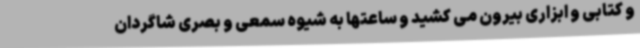
و کتابی و ابزاری بیرون می کشید و ساعتها به شیوه سمعی و بصری شاگردان